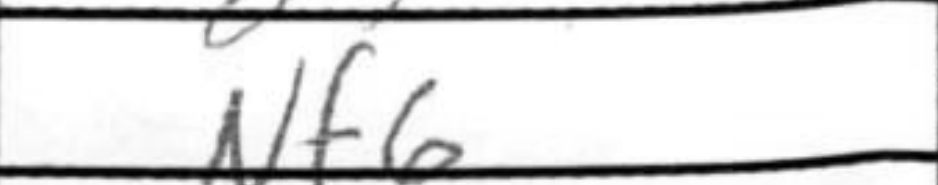
Transcription: Nf6